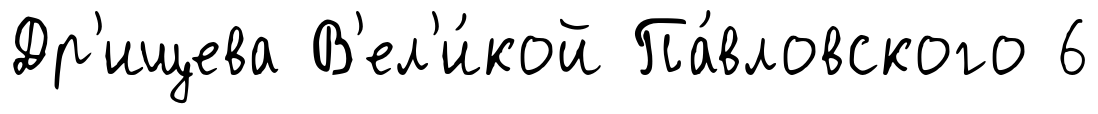
Др'ищева В'ел'и́кой Па́вловского 6